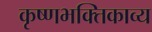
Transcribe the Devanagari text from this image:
कृष्णभक्तिकाव्य